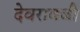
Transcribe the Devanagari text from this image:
देवरावजी